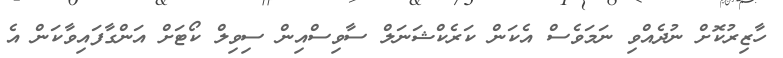
ހާޒިރުކޮށް ނުދެއްވި ނަމަވެސް އެކަން ކަރެކްޝަނަލް ސާވިސްއިން ސިވިލް ކޯޓަށް އަންގާފައިވާކަން އެ